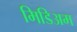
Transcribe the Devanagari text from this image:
मिडिअम